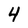
Character: 4